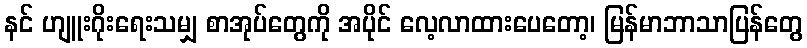
နင် ဟျူးဂိုးရေးသမျှ စာအုပ်တွေကို အပိုင် လေ့လာထားပေတော့၊ မြန်မာဘာသာပြန်တွေ